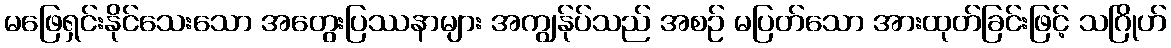
မဖြေရှင်းနိုင်သေးသော အတွေးပြဿနာများ အကျွန်ုပ်သည် အစဉ် မပြတ်သော အားထုတ်ခြင်းဖြင့် သဂြိုဟ်